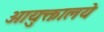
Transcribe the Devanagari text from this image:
आयुक्तालये